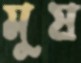
মুষ